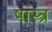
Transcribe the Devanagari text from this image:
षास्त्र